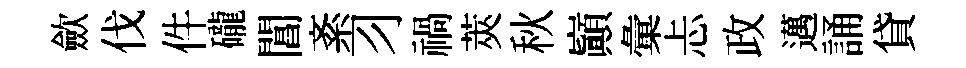
歛伐件礲閶紊习禍莢秋巔彙忐政邁誦貸